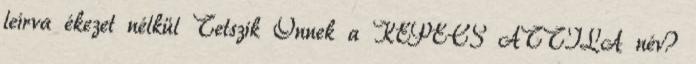
leírva ékezet nélkül Tetszik Önnek a KEPECS ATTILA név?